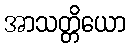
အာသတ္တိယော